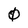
Character: 0